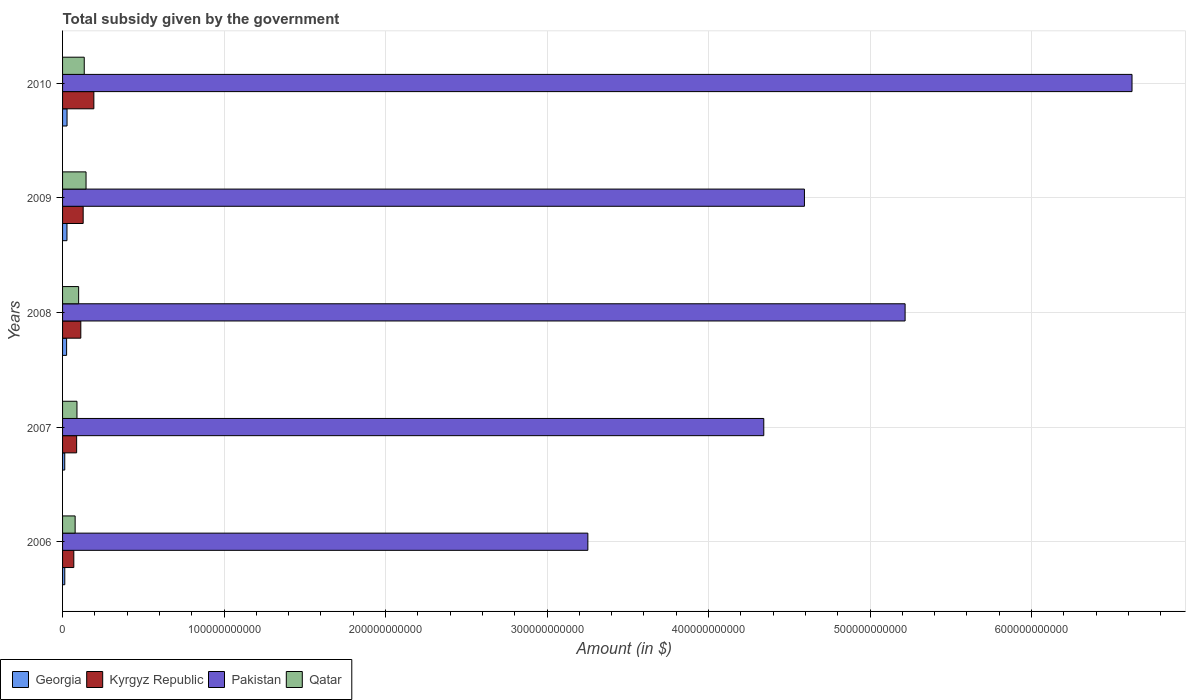
| Years | Georgia | Kyrgyz Republic | Pakistan | Qatar |
 | --- | --- | --- | --- | --- |
 | 2006 | 1.37e+09 | 6.97e+09 | 3.25e+11 | 7.79e+09 |
 | 2007 | 1.36e+09 | 8.72e+09 | 4.34e+11 | 8.92e+09 |
 | 2008 | 2.51e+09 | 1.13e+10 | 5.22e+11 | 9.95e+09 |
 | 2009 | 2.73e+09 | 1.28e+10 | 4.59e+11 | 1.45e+10 |
 | 2010 | 2.78e+09 | 1.94e+10 | 6.62e+11 | 1.34e+10 |